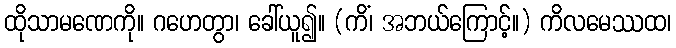
ထိုသာမဏေကို။ ဂဟေတွာ၊ ခေါ်ယူ၍။ (ကိံ၊ အဘယ်ကြောင့်။) ကိလမေဿထ၊